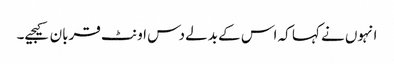
انہوں نے کہا کہ اس کے بدلے دس اونٹ قربان کیجیے۔